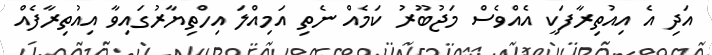
އަދި އެ އިއުތިރާފަކީ އެއްވެސް މަޖުބޫރު ކަމެއް ނެތި އަމިއްލަ އިހްތިޔާރުގައިވާ އިއުތިރާފެއް